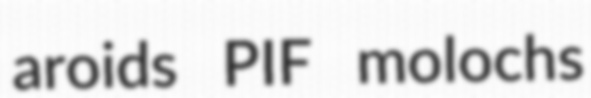
aroids PIF molochs